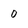
Character: 0